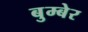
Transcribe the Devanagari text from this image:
बुम्बेर